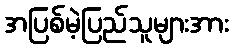
အပြစ်မဲ့ပြည်သူများအား